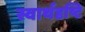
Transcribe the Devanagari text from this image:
स्वार्थदृष्टि